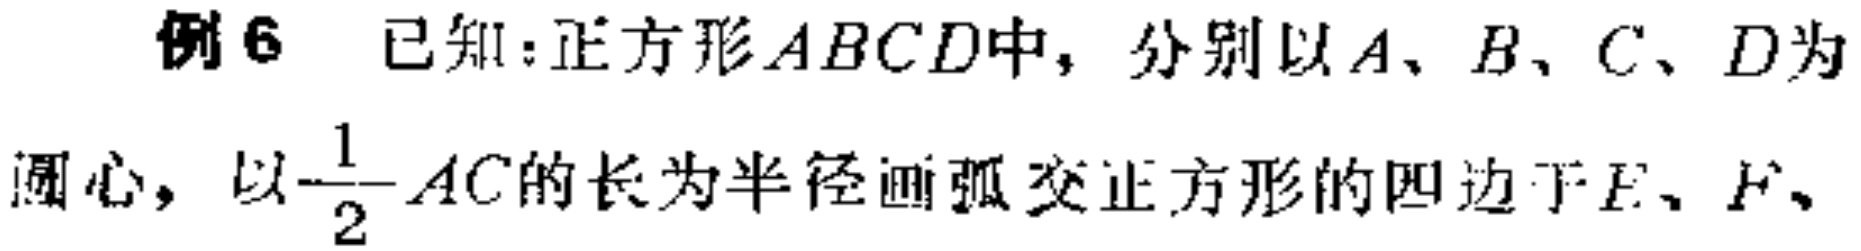
例6 已知：正方形\(ABCD\)中，分别以\(A、B、C、D\)为圆心，以\(\dfrac{1}{2}AC\)的长为半径画弧交正方形的四边于\(E、F、\)